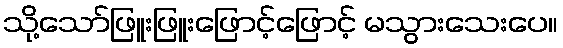
သို့သော်ဖြူးဖြူးဖြောင့်ဖြောင့် မသွားသေးပေ။